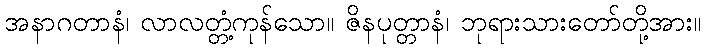
အနာဂတာနံ၊ လာလတ္တံ့ကုန်သော။ ဇိနပုတ္တာနံ၊ ဘုရားသားတော်တို့အား။